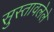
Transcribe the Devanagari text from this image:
सुस्तावलेले